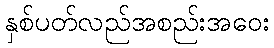
နှစ်ပတ်လည်အစည်းအဝေး